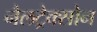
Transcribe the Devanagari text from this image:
नैलट्रेक्सोन